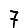
Digit: 7